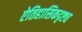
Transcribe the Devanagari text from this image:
ऐतिहासिकदृष्ट्य